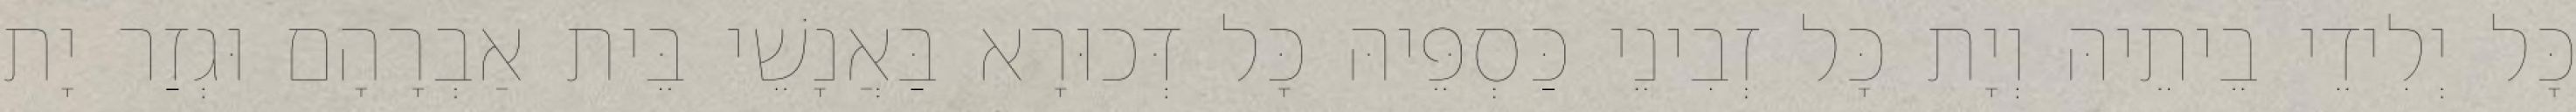
כָּל יְלִידֵי בֵיתֵיהּ וְיָת כָּל זְבִינֵי כַּסְפֵּיהּ כָּל דְּכוּרָא בַּאֲנָשֵׁי בֵּית אַבְרָהָם וּגְזַר יָת